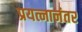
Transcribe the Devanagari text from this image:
प्रयत्नानंतर